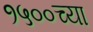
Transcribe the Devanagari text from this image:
१५००च्या